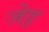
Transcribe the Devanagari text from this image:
जेठ्ठ